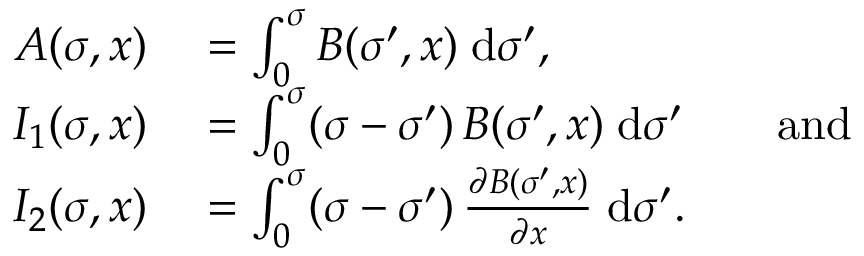
\begin{array} { r l } { A ( \sigma , x ) } & { { } = \int _ { 0 } ^ { \sigma } B ( \sigma ^ { \prime } , x ) \; \mathrm { d } \sigma ^ { \prime } , } \\ { I _ { 1 } ( \sigma , x ) } & { { } = \int _ { 0 } ^ { \sigma } ( \sigma - \sigma ^ { \prime } ) \, B ( \sigma ^ { \prime } , x ) \; \mathrm { d } \sigma ^ { \prime } \qquad { \mathrm { a n d } } } \\ { I _ { 2 } ( \sigma , x ) } & { { } = \int _ { 0 } ^ { \sigma } ( \sigma - \sigma ^ { \prime } ) \, { \frac { \partial B ( \sigma ^ { \prime } , x ) } { \partial x } } \; \mathrm { d } \sigma ^ { \prime } . } \end{array}